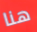
هنا